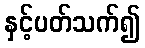
နှင့်ပတ်သက်၍